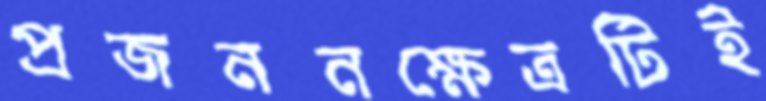
প্রজননক্ষেত্রটিই